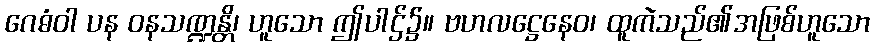
ဂေဓံဝါ ပန ဝနသဏ္ဍန္တိ၊ ဟူသော ဤပါဌ်၌။ ဗဟလဋ္ဌေနေဝ၊ ထူကဲသည်၏အဖြစ်ဟူသော